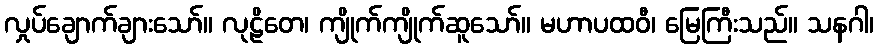
လှုပ်ချောက်ချားသော်။ လုဠိတေ၊ ကျိုက်ကျိုက်ဆူသော်။ မဟာပထဝီ၊ မြေကြီးသည်။ သနဂါ၊